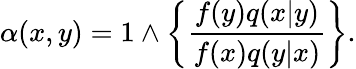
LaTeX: \alpha(x,y)=1\wedge\left\{ \frac{f(y)q(x|y)}{f(x)q(y|x)}\right\} .